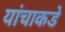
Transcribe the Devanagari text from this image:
यांचाकडे